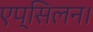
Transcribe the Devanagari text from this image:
एप्सिलन।